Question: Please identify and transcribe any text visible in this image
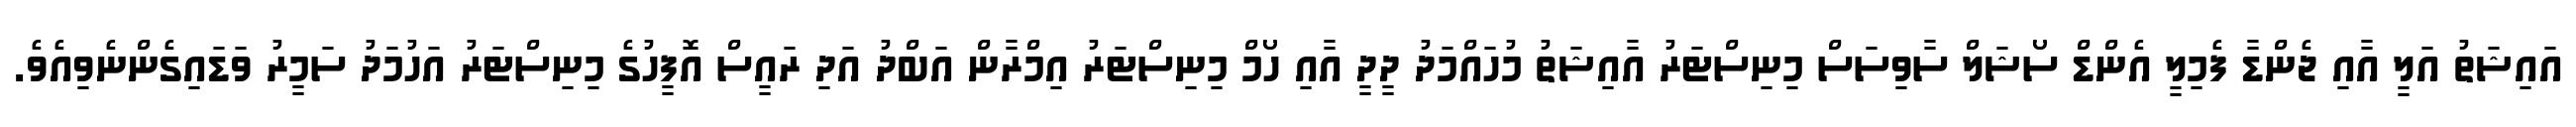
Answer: އައިޝަތު އަލީ އާއި ޖެންޑާ ފެމިލީ އެންޑް ސޯޝަލް ސާވިސަސް މިނިސްޓަރު އާއިޝަތު މުހައްމަދު ދީދީ އާއި ހޯމް މިނިސްޓަރު އިމްރާން އަބްދު އަދި ރައީސް އޮފީހުގެ މިނިސްޓަރު އަހުމަދު ސަމީރު ވަޑައިގެންނެވިއެވެ.